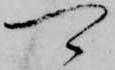
可